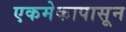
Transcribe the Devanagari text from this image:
एकमेकापासून